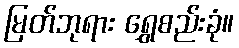
မြတ်ဘုရား ရွှေစည်းခုံ။